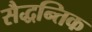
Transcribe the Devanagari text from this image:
सैद्धन्तिक